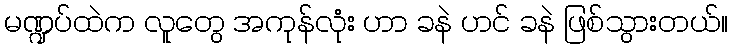
မဏ္ဍပ်ထဲက လူတွေ အကုန်လုံး ဟာ ခနဲ ဟင် ခနဲ ဖြစ်သွားတယ်။